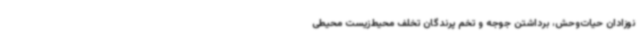
نوزادان حیات‌وحش، برداشتن جوجه و تخم پرندگان تخلف محیط‌زیست محیطی